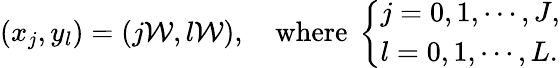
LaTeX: (x_{j},y_{l})=(j\mathcal{W},l\mathcal{W}),\quad\textrm{where}~\left\{ \begin{array}{ll}{j=0,1,\cdots,J,}\\ {l=0,1,\cdots,L.}\end{array}\right.